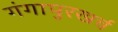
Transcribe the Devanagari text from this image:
गंगापुरखर्च